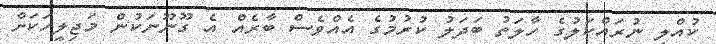
ކުއްލި ނުރައްކަލުގެ ހާލަތު ބަދަލު ކުރުމުގެ އެއްވެސް ބާރެއް އެ ގޫނޫނަކުން މަޖިލީހަކަށް